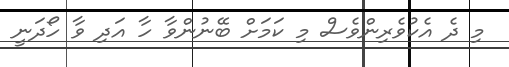
މި ދެ އެކުވެރިންވެސް މި ކަމަށް ބޭނުންވާ ހާ އަދި ވާ ހޯދަނީ